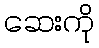
ဆေးကို